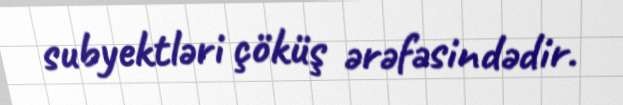
subyektləri çöküş ərəfəsindədir.